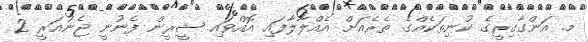
މ. އަންގާގިރީގެ ކުނިތަކެއްގެ ތެރެއަށް އެއްލާލާފައި އޮއްވައި ޝީރީން ފެނުނީ ޖެނުއަރީ 2